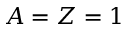
A = Z = 1